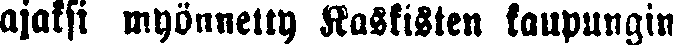
ajaksi myönnetty Kaskisten kaupungin